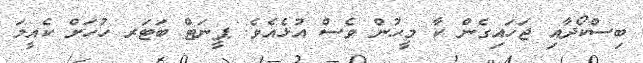
ބިސްކޯދާއި ޖަހައިގެން ކާ މީހުން ވެސް އުޅެއެވެ. ޕީނަޓް ބަޓަރ ހުހަށް ކެއީމަ